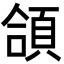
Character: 頜